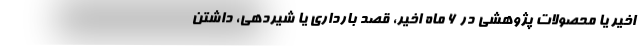
اخیر یا محصولات پژوهشی در ۶ ماه اخیر، قصد بارداری یا شیردهی، داشتن